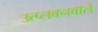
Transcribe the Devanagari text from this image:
उत्प्लवनवाले